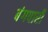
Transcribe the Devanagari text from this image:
बंगपारी